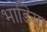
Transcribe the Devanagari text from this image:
भाडिया